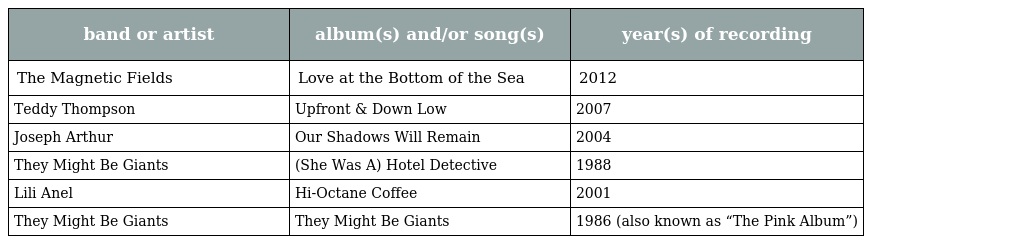
| band or artist | album(s) and/or song(s) | year(s) of recording |
 | --- | --- | --- |
 | The Magnetic Fields | Love at the Bottom of the Sea | 2012 |
 | Teddy Thompson | Upfront & Down Low | 2007 |
 | Joseph Arthur | Our Shadows Will Remain | 2004 |
 | They Might Be Giants | (She Was A) Hotel Detective | 1988 |
 | Lili Anel | Hi-Octane Coffee | 2001 |
 | They Might Be Giants | They Might Be Giants | 1986 (also known as “The Pink Album”) |